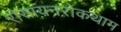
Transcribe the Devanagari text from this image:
रासायनरोकथाम